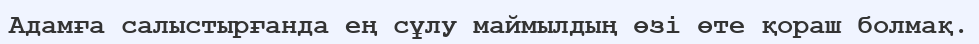
Адамға салыстырғанда ең сұлу маймылдың өзі өте қораш болмақ.